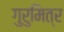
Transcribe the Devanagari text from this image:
गुरुमित्र